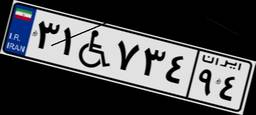
۳۱W۷۳۴۹۴